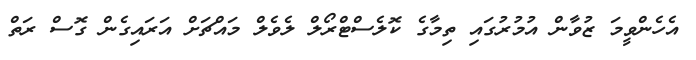
އެހެންވީމަ ޒުވާން އުމުރުގައި ތިމާގެ ކޮލެސްޓްރޯލް ލެވެލް މައްޗަށް އަރައިގެން ގޮސް ރަތް